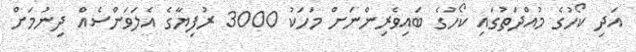
އަދި ކޯހުގެ މުއްދަތުގައި ކޯހުގެ ބައިވެރިންނަށް މަހަކު 3000 ރުފިޔާގެ އެލަވަންސެއް ދިނުމަށް